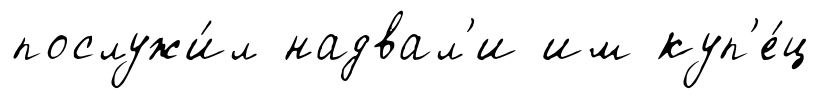
послужи́л надвал'и им куп'е́ц